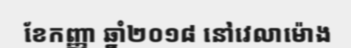
ខែកញ្ញា ឆ្នាំ២០១៨ នៅវេលាម៉ោង